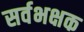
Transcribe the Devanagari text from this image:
सर्वभक्षक